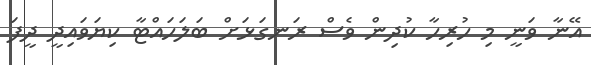
އޭނާ ވަނީ މި ހުރިހާ ކުދިން ވެސް ރަނގަޅަށް ބަލަހައްޓާ ކިޔަވައިދީ ދީފަ